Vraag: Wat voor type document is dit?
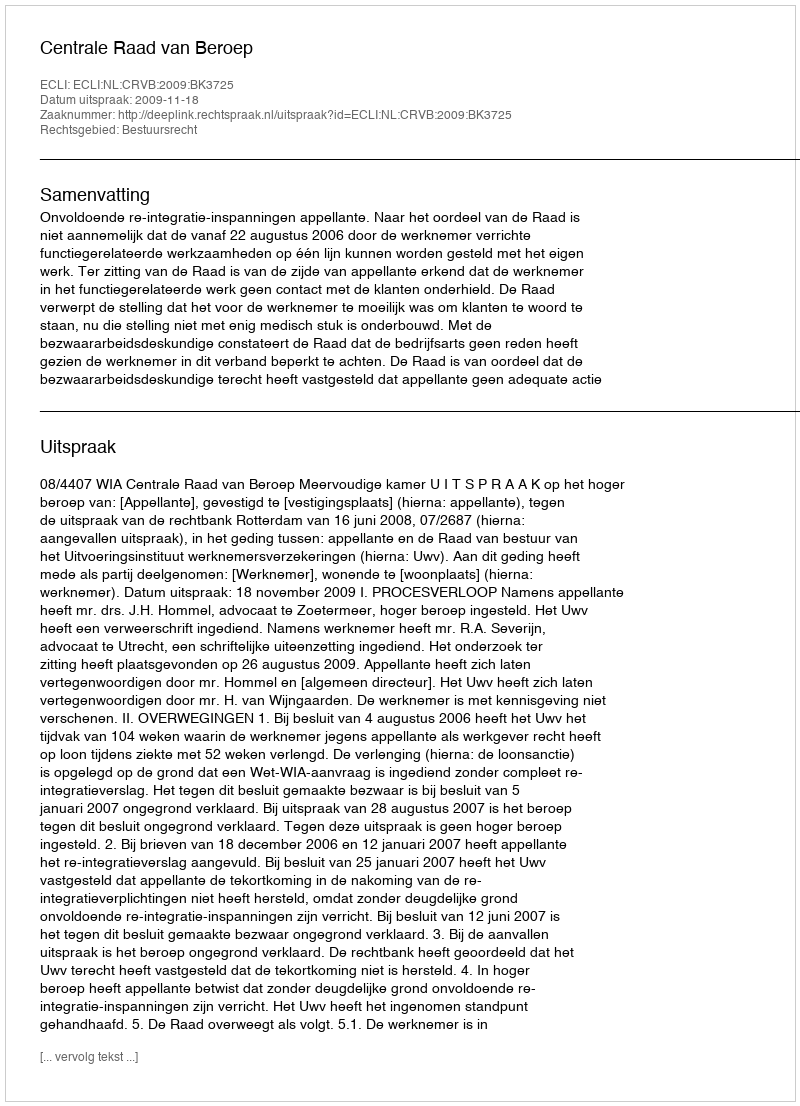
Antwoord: Uitspraak